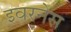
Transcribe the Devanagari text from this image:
इवरनेस